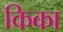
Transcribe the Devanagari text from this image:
किका